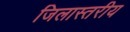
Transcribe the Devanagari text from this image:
जिलास्तरीय